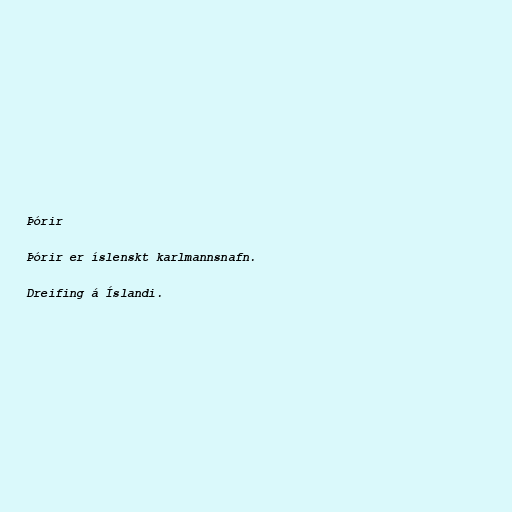
Þórir

Þórir er íslenskt karlmannsnafn.

Dreifing á Íslandi.